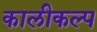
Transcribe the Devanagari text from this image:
कालीकल्प